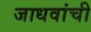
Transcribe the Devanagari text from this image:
जाधवांची